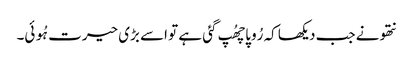
نتھو نے جب دیکھا کہ رُوپا چھُپ گئی ہے تو اسے بڑی حیرت ہُوئی۔